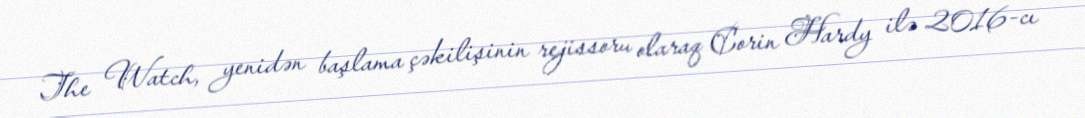
The Watch, yenidən başlama çəkilişinin rejissoru olaraq Corin Hardy ilə 2016-cı